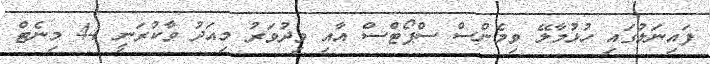
ފައިނަލުގައި ހުޅުމާލޭ ވިމެންސް ސްޕޯޓްސް އާއި ވިދުވަރު މިއަދު ވާކުރަނީ 44 މިނެޓް